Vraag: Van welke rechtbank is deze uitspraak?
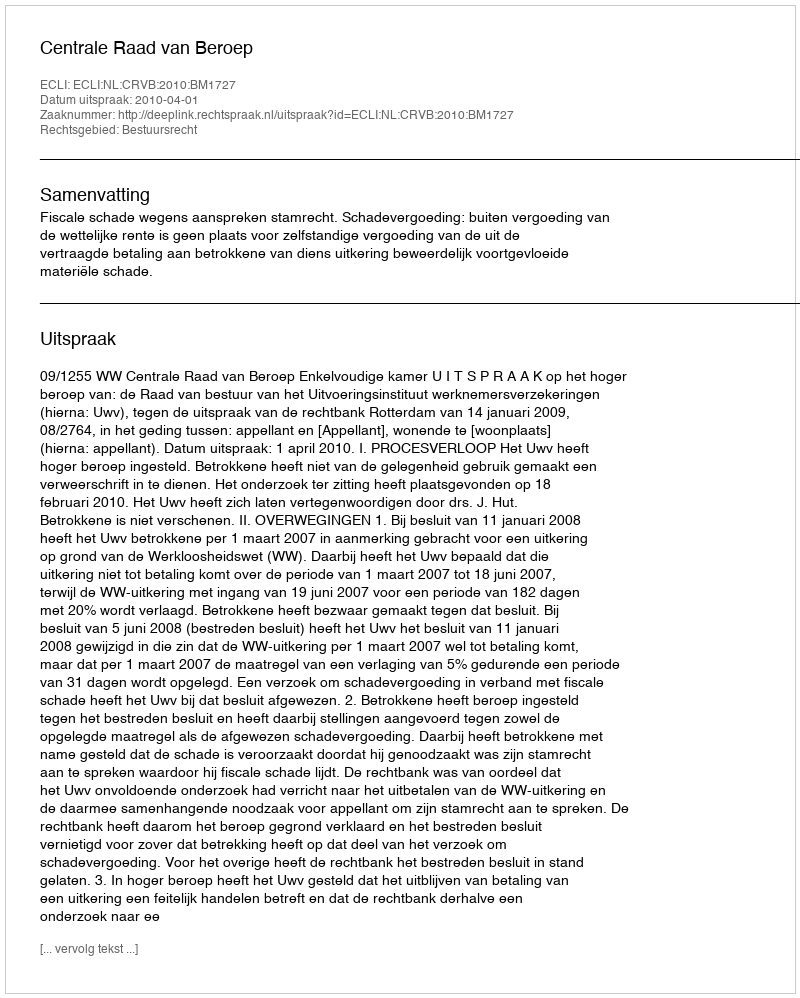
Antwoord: Centrale Raad van Beroep